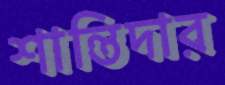
শান্তিদার